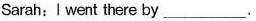
Sarah:Iwent there by___